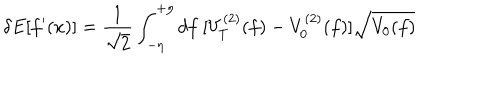
\delta E [ f ^ { \prime } ( x ) ] = { \frac { 1 } { \sqrt { 2 } } } \int _ { - \eta } ^ { + \eta } d f ~ [ V _ { T } ^ { ( 2 ) } ( f ) - V _ { 0 } ^ { ( 2 ) } ( f ) ] \sqrt { V _ { 0 } ( f ) }